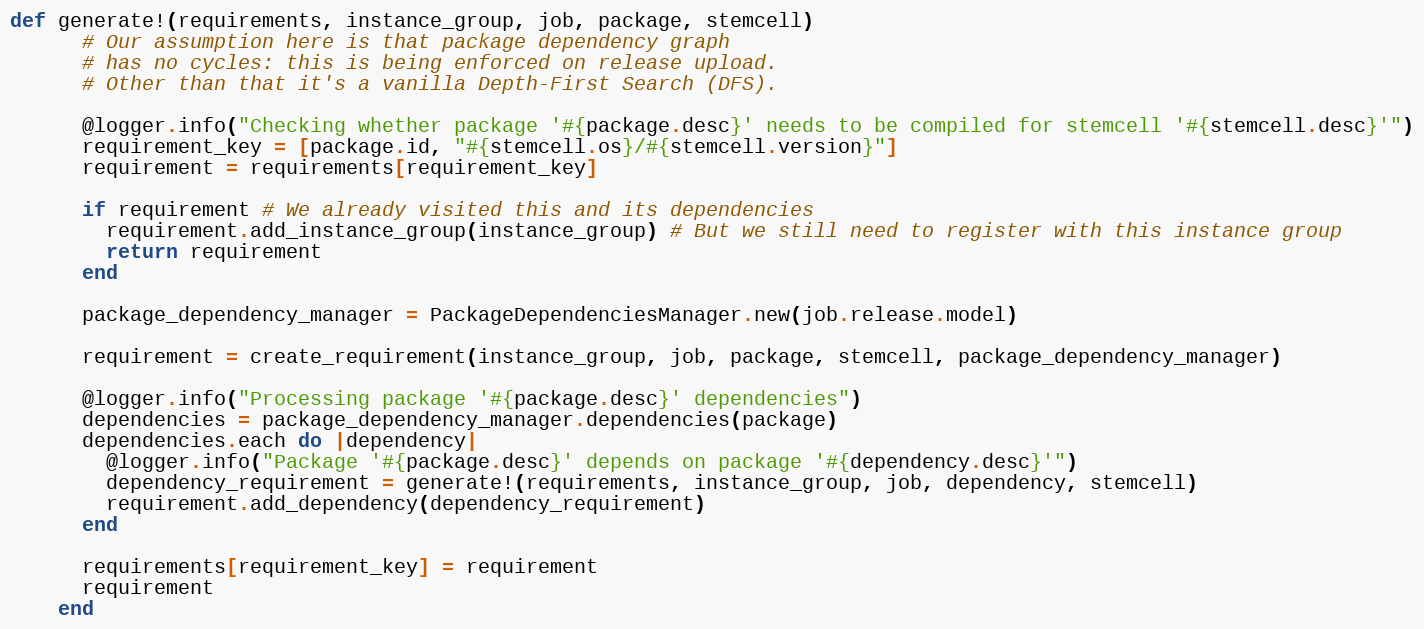
Language: Ruby
def generate!(requirements, instance_group, job, package, stemcell)
      # Our assumption here is that package dependency graph
      # has no cycles: this is being enforced on release upload.
      # Other than that it's a vanilla Depth-First Search (DFS).

      @logger.info("Checking whether package '#{package.desc}' needs to be compiled for stemcell '#{stemcell.desc}'")
      requirement_key = [package.id, "#{stemcell.os}/#{stemcell.version}"]
      requirement = requirements[requirement_key]

      if requirement # We already visited this and its dependencies
        requirement.add_instance_group(instance_group) # But we still need to register with this instance group
        return requirement
      end

      package_dependency_manager = PackageDependenciesManager.new(job.release.model)

      requirement = create_requirement(instance_group, job, package, stemcell, package_dependency_manager)

      @logger.info("Processing package '#{package.desc}' dependencies")
      dependencies = package_dependency_manager.dependencies(package)
      dependencies.each do |dependency|
        @logger.info("Package '#{package.desc}' depends on package '#{dependency.desc}'")
        dependency_requirement = generate!(requirements, instance_group, job, dependency, stemcell)
        requirement.add_dependency(dependency_requirement)
      end

      requirements[requirement_key] = requirement
      requirement
    end